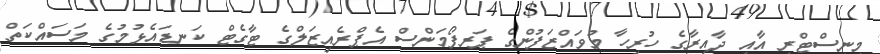
މިނިސްޓްރީ އާއި ދާއިރާގެ ހުރިހާ މުވައްޒަފުންގެ ޕަރފޯމަންސް އެޕްރެއިޒަލްގެ ޓާގެޓް ކަނޑައެޅުމުގެ މަސައްކަތް